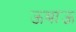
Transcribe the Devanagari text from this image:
ऊबाऊ